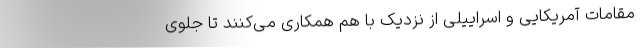
مقامات آمریکایی و اسراییلی از نزدیک با هم همکاری می‌کنند تا جلوی